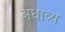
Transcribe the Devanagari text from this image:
अधाव्य